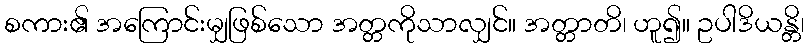
စကား၏ အကြောင်းမျှဖြစ်သော အတ္တကိုသာလျှင်။ အတ္တာတိ၊ ဟူ၍။ ဥပါဒိယန္တိ၊